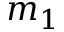
m _ { 1 }